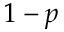
1 - p